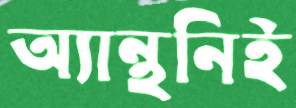
অ্যান্থনিই